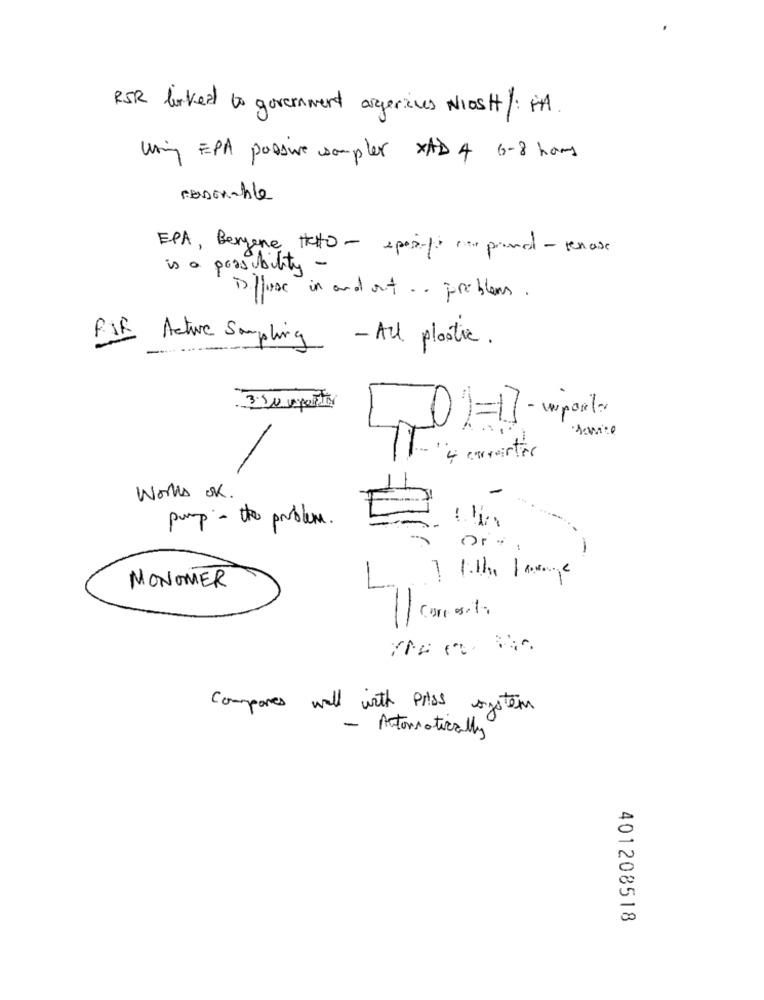
RSR borked to government argerives Niost/ HA.
Uring EPA passive sampler XAD 4 6-8 hours
resonable
EPA, Bergene Hato - epoi-porte promol - renase
is a possibility -
Diffuse in and out .. problem.
FIR
Active Sampling - All plastic.
350 aporter
-
Works OK.
pump - the problem.
MONOMER
Carros. t.
Compares well with priss system
- Automatically
401208518